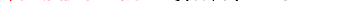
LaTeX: \smash{\ensuremath{F_{\! s}}(k,t)\sim e^{-t/\tau_{s}}}